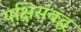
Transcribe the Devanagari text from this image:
पक्षिसंबद्ध